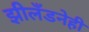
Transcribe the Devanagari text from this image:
झीलँडनेही